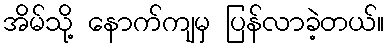
အိမ်သို့ နောက်ကျမှ ပြန်လာခဲ့တယ်။